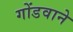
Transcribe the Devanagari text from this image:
गोंडवाने